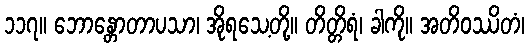
၁၁၇။ ဘောန္တောတာပသာ၊ အိုရသေ့တို့။ တိတ္တိရံ၊ ခါကို။ အတိဝဿိတံ၊